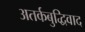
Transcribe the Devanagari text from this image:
अतर्कबुद्धिवाद